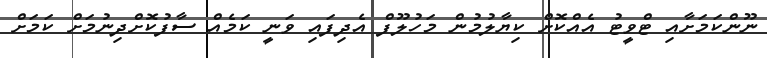
ނޫންކަމަށާއި ޓްވީޓު އެއްކޮށް ކިޔާލުމުން މަހުލޫފް އެދިފައި ވަނީ ކަމެއް ސާފުކޮށްދިނުމަށް ކަމަށް